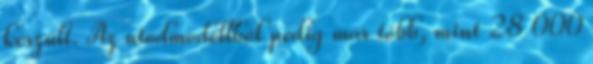
készült. Az utódmodellből pedig már több, mint 28 000